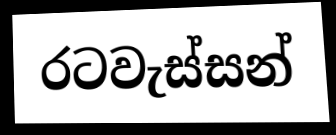
රටවැස්සන්